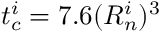
t _ { c } ^ { i } = 7 . 6 ( R _ { n } ^ { i } ) ^ { 3 }